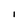
Character: I